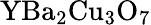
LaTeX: {\mathrm{Y}\mathrm{Ba}}_{2}{\mathrm{Cu}}_{3}{\mathrm{O}}_{7}